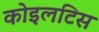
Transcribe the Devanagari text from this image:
कोइलटिस